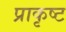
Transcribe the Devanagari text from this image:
प्राकृष्ट